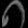
Digit: ၈